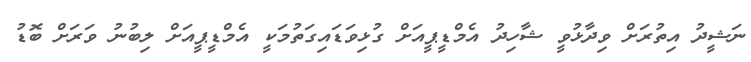
ނަޝީދު އިތުރަށް ވިދާޅުވީ ޝާހިދު އެމްޑީޕީއަށް ގުޅިވަޑައިގަތުމަކީ އެމްޑީޕީއަށް ލިބުނު ވަރަށް ބޮޑު